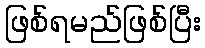
ဖြစ်ရမည်ဖြစ်ပြီး